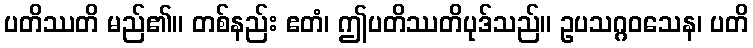
ပတိဿတိ မည်၏။ တစ်နည်း ဧတံ၊ ဤပတိဿတိပုဒ်သည်။ ဥပသဂ္ဂဝသေန၊ ပတိ